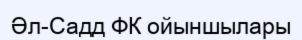
Әл-Садд ФК ойыншылары